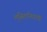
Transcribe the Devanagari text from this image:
लुसितानियाची